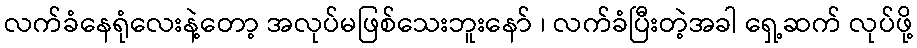
လက်ခံနေရုံလေးနဲ့တော့ အလုပ်မဖြစ်သေးဘူးနော် ၊ လက်ခံပြီးတဲ့အခါ ရှေ့ဆက် လုပ်ဖို့